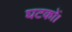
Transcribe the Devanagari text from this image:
घटकों।